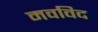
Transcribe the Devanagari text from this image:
मवविद